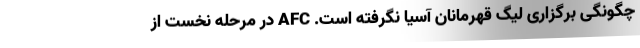
چگونگی برگزاری لیگ قهرمانان آسیا نگرفته است. AFC در مرحله نخست از